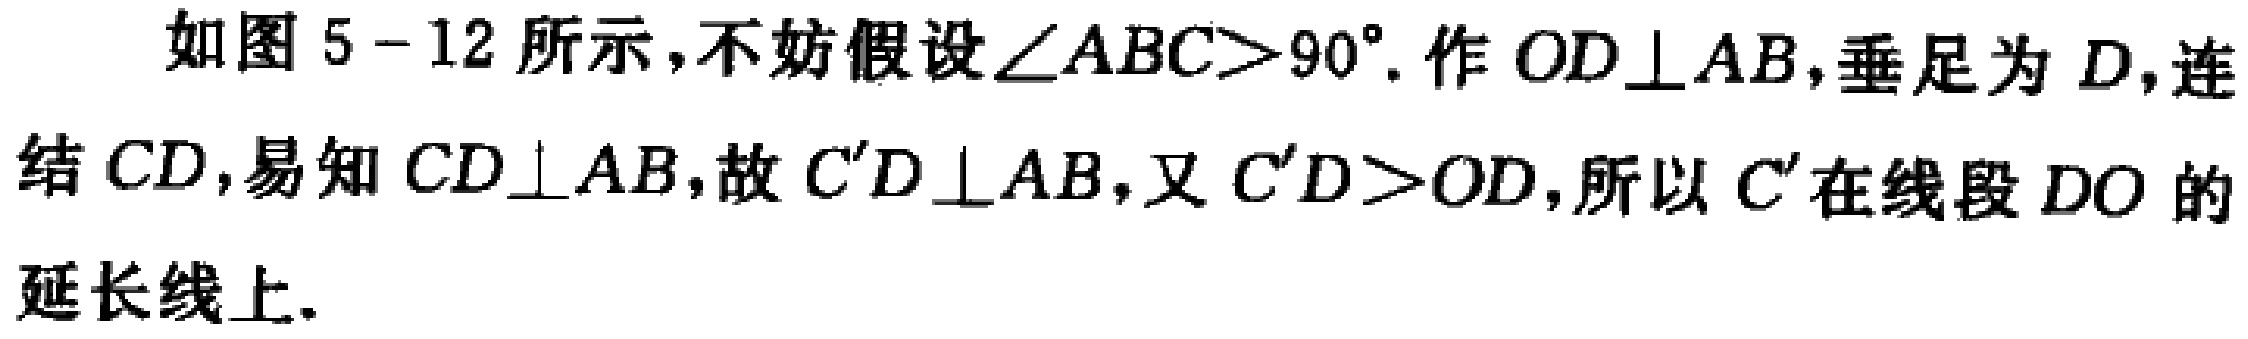
如图 5 - 12 所示，不妨假设\(\angle ABC>90^{\circ}\). 作 \(OD\perp AB\)，垂足为 \(D\)，连结 \(CD\)，易知 \(CD\perp AB\)，故 \(C^{\prime}D\perp AB\)，又 \(C^{\prime}D>OD\)，所以 \(C^{\prime}\) 在线段 \(DO\) 的延长线上.